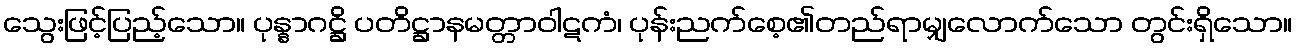
သွေးဖြင့်ပြည့်သော။ ပုန္နာဂဋ္ဌိ ပတိဋ္ဌာနမတ္တာဝါဋကံ၊ ပုန်းညက်စေ့၏တည်ရာမျှလောက်သော တွင်းရှိသော။